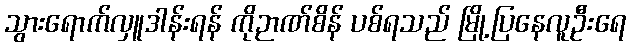
သွားရောက်လှူဒါန်းရန် ကိုဉာဏ်စိန် ပစ်ရသည် မြို့ပြနေလူဦးရေ